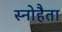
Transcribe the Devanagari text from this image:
स्नोहैता